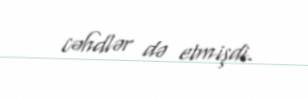
cəhdlər də etmişdi.